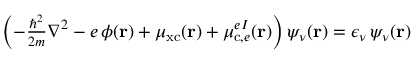
\begin{array} { r } { \left( - \frac { \hbar ^ { 2 } } { 2 m } \nabla ^ { 2 } - e \, \phi ( \mathbf { r } ) + \mu _ { \mathrm { x c } } ( \mathbf { r } ) + \mu _ { \mathrm { c } , e } ^ { e I } ( \mathbf { r } ) \right) \psi _ { \nu } ( \mathbf { r } ) = \epsilon _ { \nu } \, \psi _ { \nu } ( \mathbf { r } ) } \end{array}